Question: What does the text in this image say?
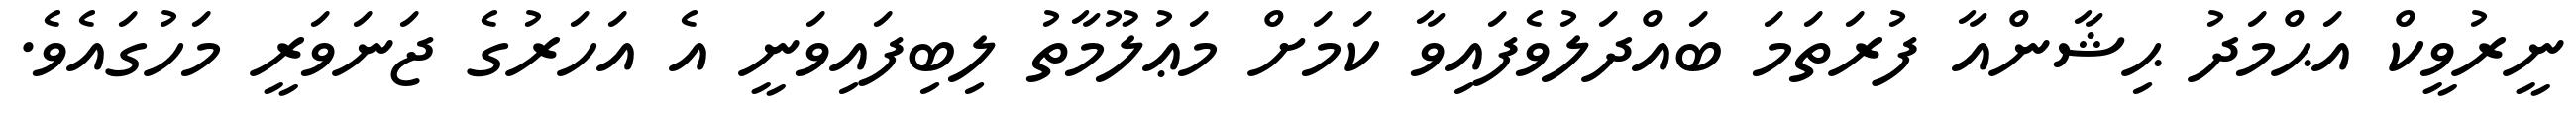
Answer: ނީރުވީކް އަޙްމަދު ޙިޝާންއާ ފުރަތަމަ ބައްދަލުވެފައިވާ ކަމަށް މަޢުލޫމާތު ލިބިފައިވަނީ އެ އަހަރުގެ ޖަނަވަރީ މަހުގައެވެ.